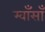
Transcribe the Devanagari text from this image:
म्वाँसाँ